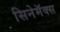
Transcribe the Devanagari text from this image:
सिनेमॅक्स